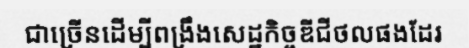
ជាច្រើនដើម្បីពង្រឹងសេដ្ឋកិច្ចឌីជីថលផងដែរ